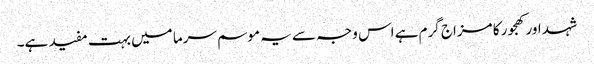
شہد اور کھجور کا مزاج گرم ہے اس وجہ سے یہ موسم سرما میں بہت مفید ہے۔